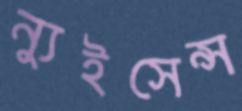
ন্যুইসেন্স